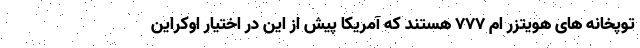
توپخانه های هویتزر ام ۷۷۷ هستند که آمریکا پیش از این در اختیار اوکراین